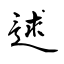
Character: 逑